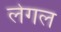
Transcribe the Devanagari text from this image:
लेगल